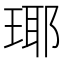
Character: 瑘